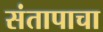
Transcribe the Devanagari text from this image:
संतापाचा